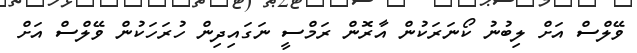
ވޭލްސް އަށް ލިބުނު ކޯނަރަކުން އާރޮން ރަމްސީ ނަގައިދިން ހުރަހަކުން ވޭލްސް އަށް